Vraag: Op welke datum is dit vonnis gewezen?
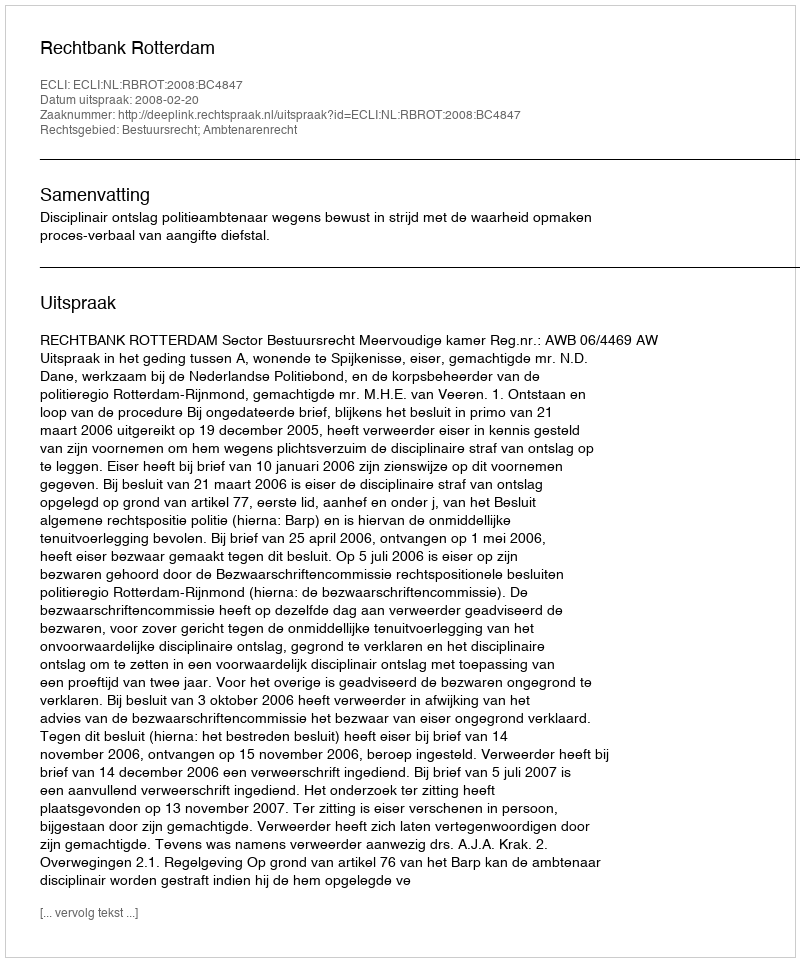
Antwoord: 2008-02-20